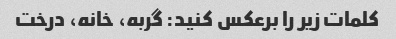
کلمات زیر را برعکس کنید: گربه، خانه، درخت